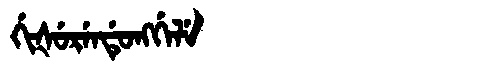
Manchu: ᡤᡳᡧᡠᡵᡝᠨᡩᡠᠩᡤᡝᠯᡝ
Romanization: GIŠURENDUNGGELE